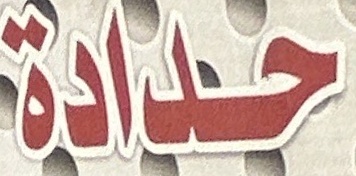
حدادة